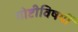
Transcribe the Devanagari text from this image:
गोष्टीविषयीं